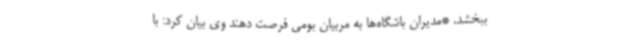
ببخشد. *مدیران باشگاه‌ها به مربیان بومی فرصت دهند وی بیان کرد: با